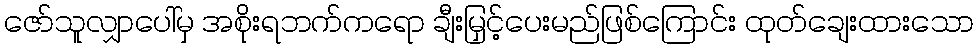
ဇော်သူလျှာပေါ်မှ အစိုးရဘက်ကရော ချီးမြှင့်ပေးမည်ဖြစ်ကြောင်း ထုတ်ချေးထားသော